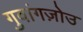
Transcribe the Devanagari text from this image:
गुवांगज़ोउ